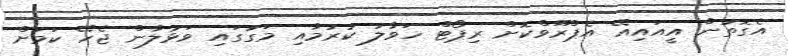
އެގޮތުން އީއައިއޭ އެޕްރޫވްކޮށް ރިޕޯޓް ހަވާލު ކުރުމާއި މަގުގައި ވަޅުލާން ޖެހޭ ކަމަށް